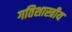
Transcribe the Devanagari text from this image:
गतिशास्त्रीय